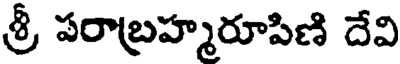
శ్రీ పరాబ్రహ్మరూపిణి దేవి